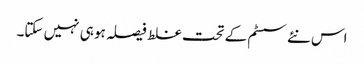
اس نئے سسٹم کے تحت غلط فیصلہ ہو ہی نہیں سکتا۔